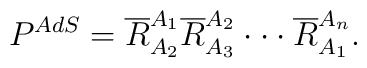
P^{AdS}=\overline{R}_{A_{2}}^{A_{1}}\overline{R}_{A_{3}}^{A_{2}}\cdot \cdot\cdot \overline{R}_{A_{1}}^{A_{n}}.